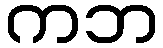
ကဘ